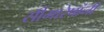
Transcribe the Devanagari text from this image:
सीमारेषांनी